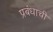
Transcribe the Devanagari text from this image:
प्रबंधाची